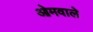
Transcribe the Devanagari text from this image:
ओमवाले